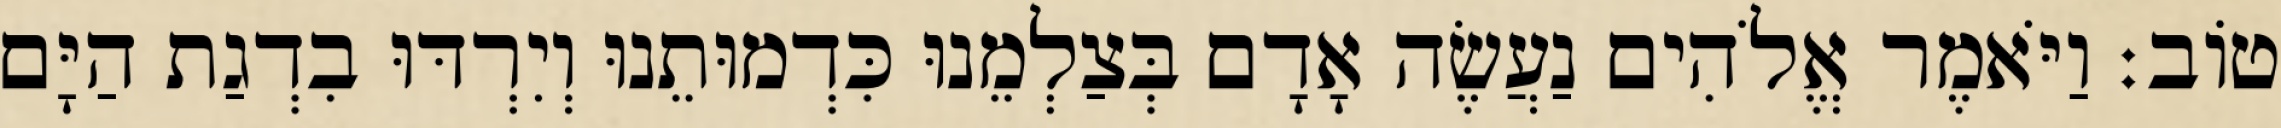
טֹוב׃ וַיֹּאמֶר אֱלֹהִים נַעֲשֶׂה אָדָם בְּצַלְמֵנוּ כִּדְמוּתֵנוּ וְיִרְדּוּ בִדְגַת הַיָּם